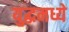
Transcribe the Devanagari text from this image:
युद्धमध्ये